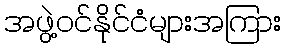
အဖွဲ့ဝင်နိုင်ငံများအကြား